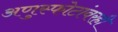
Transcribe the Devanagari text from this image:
अणुस्फोटांवरही